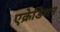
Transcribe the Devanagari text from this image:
एक्रेडिशन